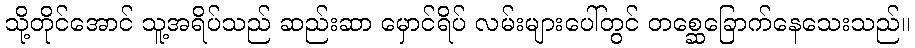
သို့တိုင်အောင် သူ့အရိပ်သည် ဆည်းဆာ မှောင်ရိပ် လမ်းများပေါ်တွင် တစ္ဆေခြောက်နေသေးသည်။